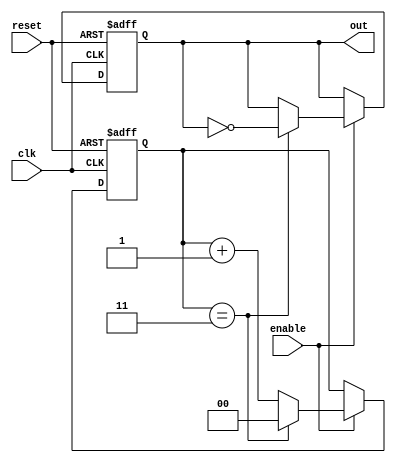
module divide_by_n_counter #(
    parameter N = 4  // Parameter for divide value, can be changed as needed
)(
    input wire clk,      // Clock input
    input wire reset,    // Asynchronous reset input
    input wire enable,    // Enable input
    output reg out       // Output signal that toggles after N counts
);

    // Calculate the number of bits needed to represent N
    localparam COUNTER_WIDTH = $clog2(N);

    reg [COUNTER_WIDTH-1:0] count; // Counter state

    always @(posedge clk or posedge reset) begin
        if (reset) begin
            count <= 0;  // Reset counter to 0
            out <= 0;    // Reset output
        end else if (enable) begin
            if (count == N-1) begin
                count <= 0;  // Reset counter when it reaches N
                out <= ~out;  // Toggle output
            end else begin
                count <= count + 1;  // Increment counter
            end
        end
    end
endmodule